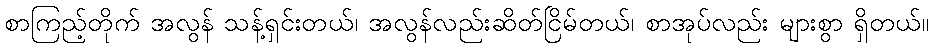
စာကြည့်တိုက် အလွန် သန့်ရှင်းတယ်၊ အလွန်လည်းဆိတ်ငြိမ်တယ်၊ စာအုပ်လည်း များစွာ ရှိတယ်။